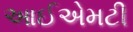
આઈએમટી